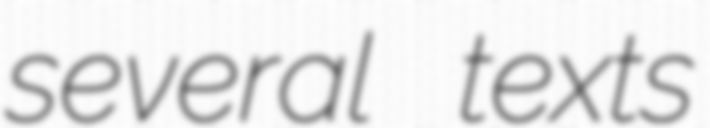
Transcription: several texts